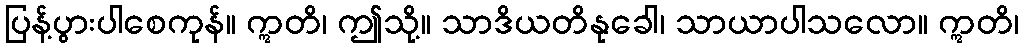
ပြန့်ပွားပါစေကုန်။ ဣတိ၊ ဤသို့။ သာဒိယတိနုခေါ၊ သာယာပါသလော။ ဣတိ၊